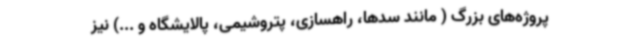
پروژه‌های بزرگ ( مانند سدها، راهسازی، پتروشیمی، پالایشگاه و ...) نیز